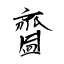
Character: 齍